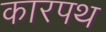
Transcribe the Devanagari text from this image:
कारपथ